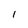
Character: 1